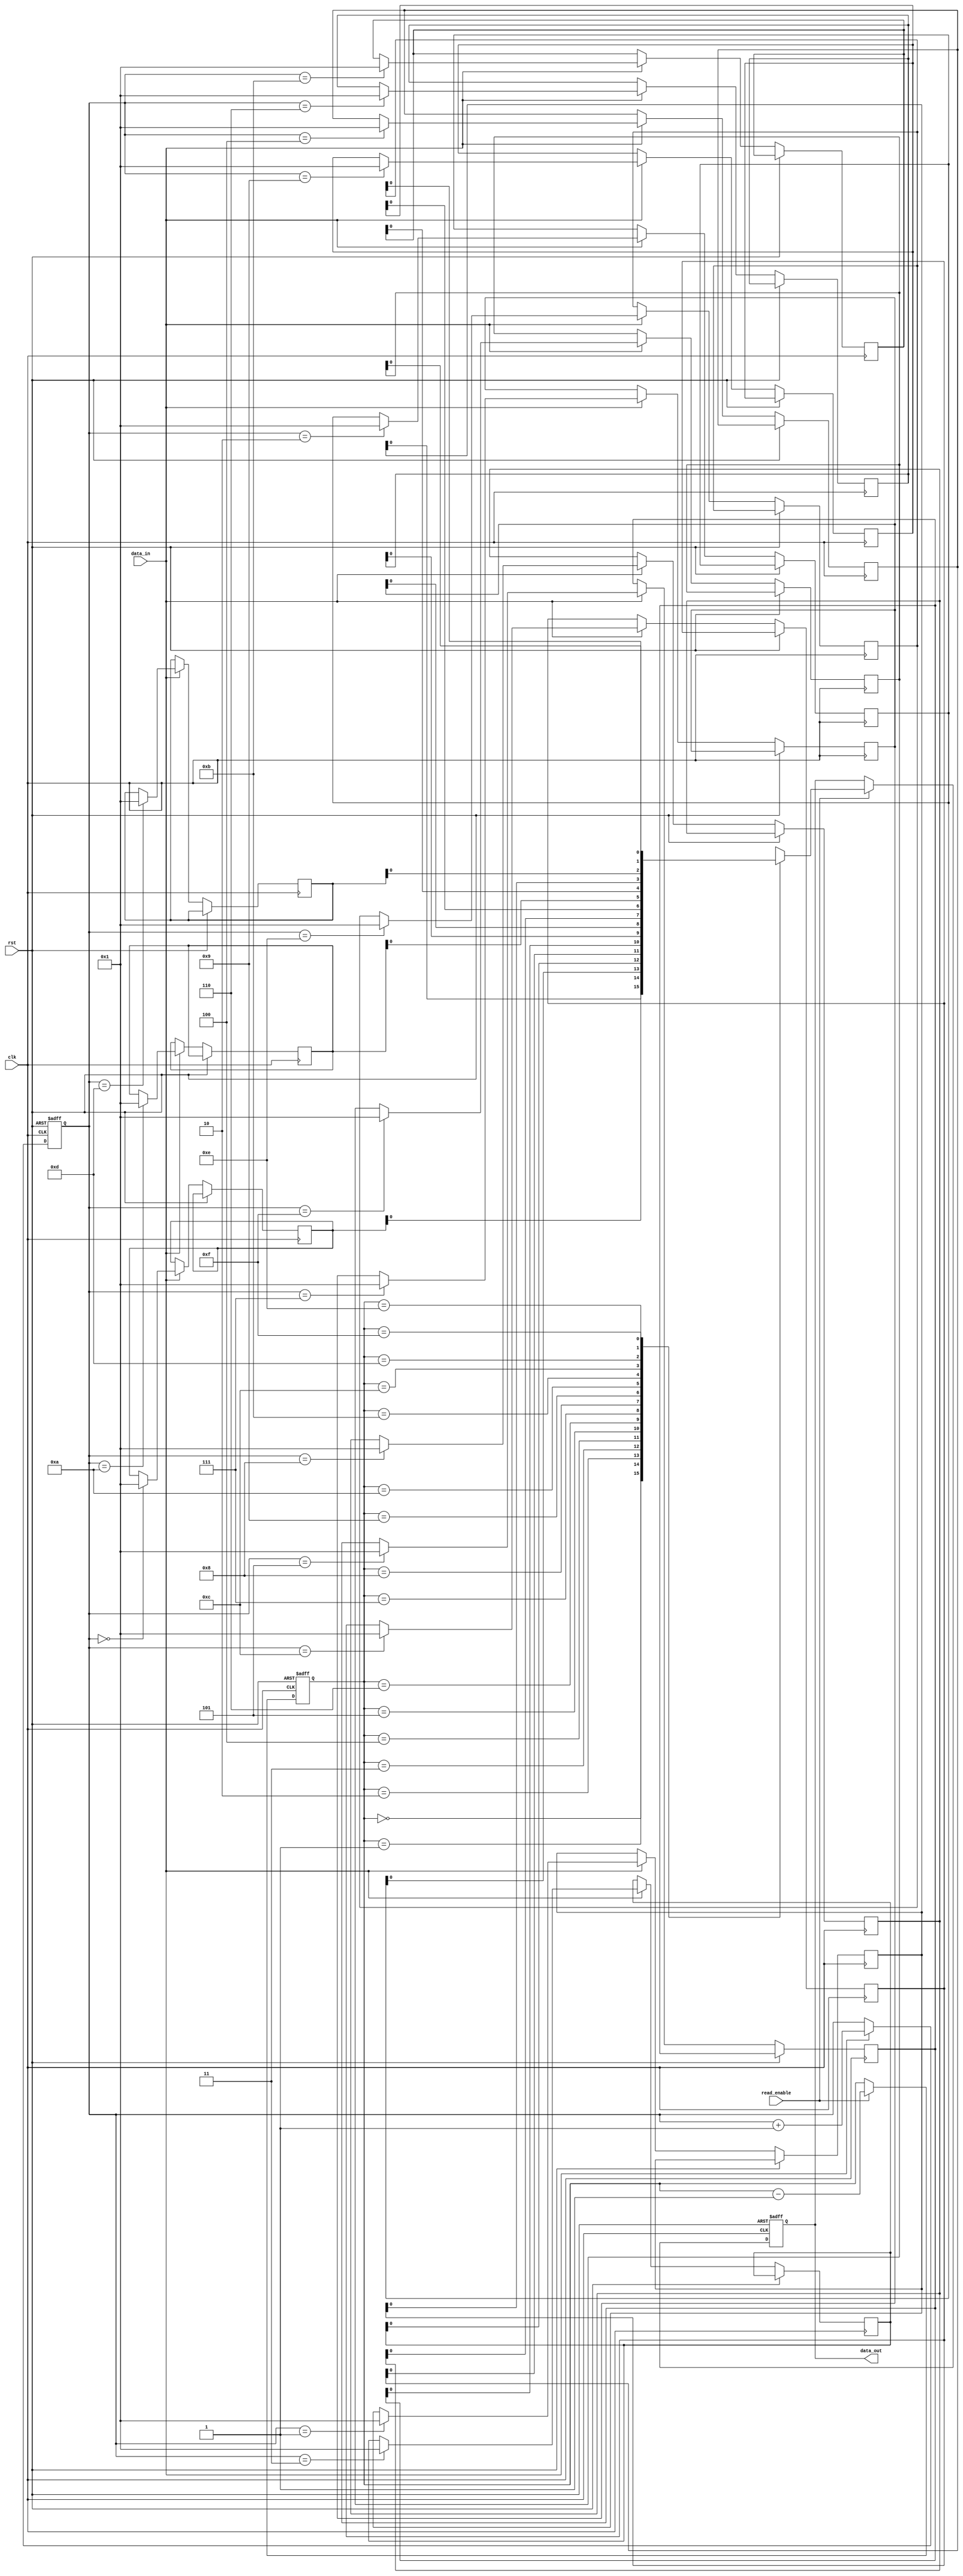
module lifo (
    input wire clk,
    input wire rst,
    input wire data_in,
    input wire read_enable,
    output reg data_out
);

reg [7:0] memory [0:15];
reg [3:0] write_pointer;
reg [3:0] read_pointer;

always @ (posedge clk or posedge rst) begin
    if (rst) begin
        write_pointer <= 4'b0000;
        read_pointer <= 4'b1111;
        data_out <= 8'h00;
    end else begin
        if (read_enable) begin
            data_out <= memory[read_pointer];
            read_pointer <= read_pointer - 1;
        end
        if (data_in) begin
            memory[write_pointer] <= data_in;
            write_pointer <= write_pointer + 1;
        end
    end
end

endmodule